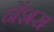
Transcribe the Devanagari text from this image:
नेंशस